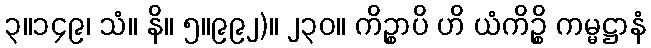
၃။၁၄၉၊ သံ။ နိ။ ၅။၉၉၂)။ ၂၃၀။ ကိဉ္စာပိ ဟိ ယံကိဉ္စိ ကမ္မဋ္ဌာနံ